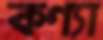
কণ্যা